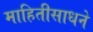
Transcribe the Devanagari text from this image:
माहितीसाधने